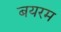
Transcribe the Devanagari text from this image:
बयरम